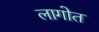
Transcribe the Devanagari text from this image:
लागोत